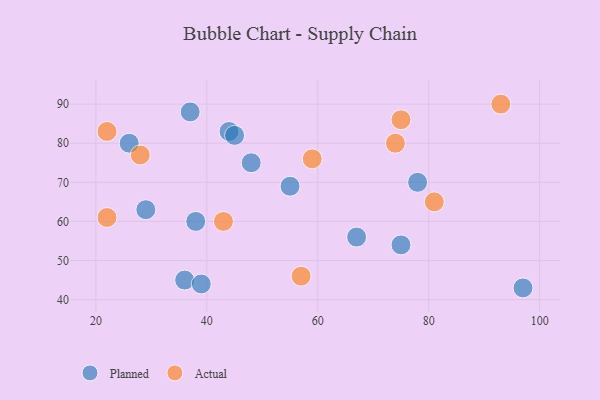
{"axis": {"x": "GDP", "y": "Life Expectancy"}, "legend": ["Actual", "Planned"], "data": [{"x": "44", "y": 83, "type": "Planned"}, {"x": "29", "y": 63, "type": "Planned"}, {"x": "36", "y": 45, "type": "Planned"}, {"x": "38", "y": 60, "type": "Planned"}, {"x": "55", "y": 69, "type": "Planned"}, {"x": "78", "y": 70, "type": "Planned"}, {"x": "45", "y": 82, "type": "Planned"}, {"x": "67", "y": 56, "type": "Planned"}, {"x": "75", "y": 54, "type": "Planned"}, {"x": "26", "y": 80, "type": "Planned"}, {"x": "97", "y": 43, "type": "Planned"}, {"x": "37", "y": 88, "type": "Planned"}, {"x": "39", "y": 44, "type": "Planned"}, {"x": "48", "y": 75, "type": "Planned"}, {"x": "57", "y": 46, "type": "Actual"}, {"x": "22", "y": 83, "type": "Actual"}, {"x": "22", "y": 61, "type": "Actual"}, {"x": "93", "y": 90, "type": "Actual"}, {"x": "59", "y": 76, "type": "Actual"}, {"x": "74", "y": 80, "type": "Actual"}, {"x": "43", "y": 60, "type": "Actual"}, {"x": "28", "y": 77, "type": "Actual"}, {"x": "75", "y": 86, "type": "Actual"}, {"x": "81", "y": 65, "type": "Actual"}]}